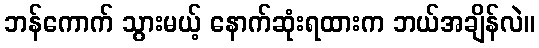
ဘန်ကောက် သွားမယ့် နောက်ဆုံးရထားက ဘယ်အချိန်လဲ။